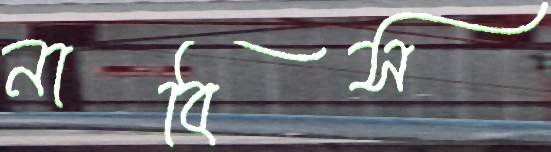
নাবিস